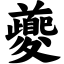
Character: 夔